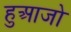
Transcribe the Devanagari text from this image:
हुआजो